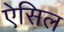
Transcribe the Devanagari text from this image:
ऐसिल